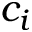
c _ { i }